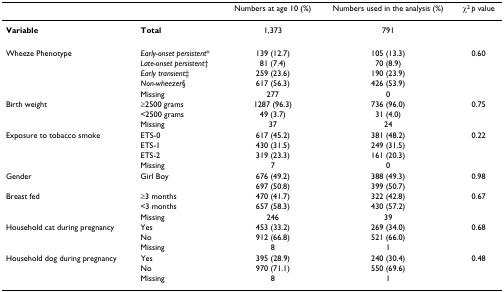
<table><thead><tr><td></td><td></td><td><b>Numbers at age 10 (%)</b></td><td><b>Numbers used in the analysis (%)</b></td><td><b>χ<sup>2 </sup><i>p </i>value</b></td></tr></thead><tbody><tr><td><b>Variable</b></td><td><b>Total</b></td><td>1,373</td><td>791</td><td></td></tr><tr><td>Wheeze Phenotype</td><td><i>Early-onset persistent</i>*</td><td>139 (12.7)</td><td>105 (13.3)</td><td>0.60</td></tr><tr><td></td><td><i>Late-onset persistent</i>†</td><td>81 (7.4)</td><td>70 (8.9)</td><td></td></tr><tr><td></td><td><i>Early transient</i>‡</td><td>259 (23.6)</td><td>190 (23.9)</td><td></td></tr><tr><td></td><td><i>Non-wheezer</i>§</td><td>617 (56.3)</td><td>426 (53.9)</td><td></td></tr><tr><td></td><td>Missing</td><td>277</td><td>0</td><td></td></tr><tr><td>Birth weight</td><td>≥2500 grams</td><td>1287 (96.3)</td><td>736 (96.0)</td><td>0.75</td></tr><tr><td></td><td>&lt;2500 grams</td><td>49 (3.7)</td><td>31 (4.0)</td><td></td></tr><tr><td></td><td>Missing</td><td>37</td><td>24</td><td></td></tr><tr><td>Exposure to tobacco smoke</td><td>ETS-0</td><td>617 (45.2)</td><td>381 (48.2)</td><td>0.22</td></tr><tr><td></td><td>ETS-1</td><td>430 (31.5)</td><td>249 (31.5)</td><td></td></tr><tr><td></td><td>ETS-2</td><td>319 (23.3)</td><td>161 (20.3)</td><td></td></tr><tr><td></td><td>Missing</td><td>7</td><td>0</td><td></td></tr><tr><td>Gender</td><td>Girl Boy</td><td>676 (49.2)</td><td>388 (49.3)</td><td>0.98</td></tr><tr><td></td><td></td><td>697 (50.8)</td><td>399 (50.7)</td><td></td></tr><tr><td>Breast fed</td><td>≥3 months</td><td>470 (41.7)</td><td>322 (42.8)</td><td>0.67</td></tr><tr><td></td><td>&lt;3 months</td><td>657 (58.3)</td><td>430 (57.2)</td><td></td></tr><tr><td></td><td>Missing</td><td>246</td><td>39</td><td></td></tr><tr><td>Household cat during pregnancy</td><td>Yes</td><td>453 (33.2)</td><td>269 (34.0)</td><td>0.68</td></tr><tr><td></td><td>No</td><td>912 (66.8)</td><td>521 (66.0)</td><td></td></tr><tr><td></td><td>Missing</td><td>8</td><td>1</td><td></td></tr><tr><td>Household dog during pregnancy</td><td>Yes</td><td>395 (28.9)</td><td>240 (30.4)</td><td>0.48</td></tr><tr><td></td><td>No</td><td>970 (71.1)</td><td>550 (69.6)</td><td></td></tr><tr><td></td><td>Missing</td><td>8</td><td>1</td><td></td></tr></tbody></table>